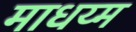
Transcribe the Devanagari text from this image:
माधय्म